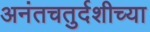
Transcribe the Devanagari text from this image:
अनंतचतुर्दशीच्या